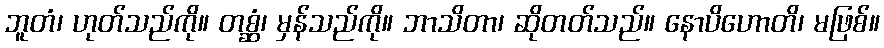
ဘူတံ၊ ဟုတ်သည်ကို။ တစ္ဆံ၊ မှန်သည်ကို။ ဘာသိတာ၊ ဆိုတတ်သည်။ နောပိဟောတိ၊ မဖြစ်။